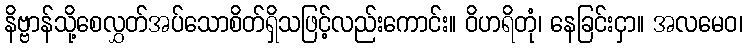
နိဗ္ဗာန်သို့စေလွှတ်အပ်သောစိတ်ရှိသဖြင့်လည်းကောင်း။ ဝိဟရိတုံ၊ နေခြင်းငှာ။ အလမေဝ၊